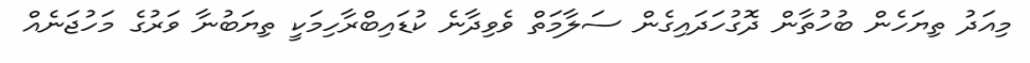
މިއަދު ތިޔަހެން ބުހުތާން ދޮގުހަދައިގެން ސަލާމަތް ވެވިދާނެ ކުޑައިބްރާހިމަކީ ތިޔަބުނާ ވަރުގެ މަހުޖަނެއް